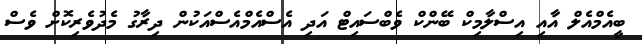
ބީއެމްއެލް އާއި އިސްލާމިކް ބޭންކް ވެބްސައިޓް އަދި އެސްއެމްއެސްއަކުން ދިރާގު މެދުވެރިކޮށް ވެސް